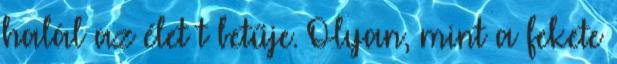
halál az élet t betűje. Olyan, mint a fekete